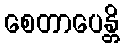
စေတာပေန္တိ